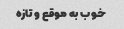
خوب به موقع و تازه